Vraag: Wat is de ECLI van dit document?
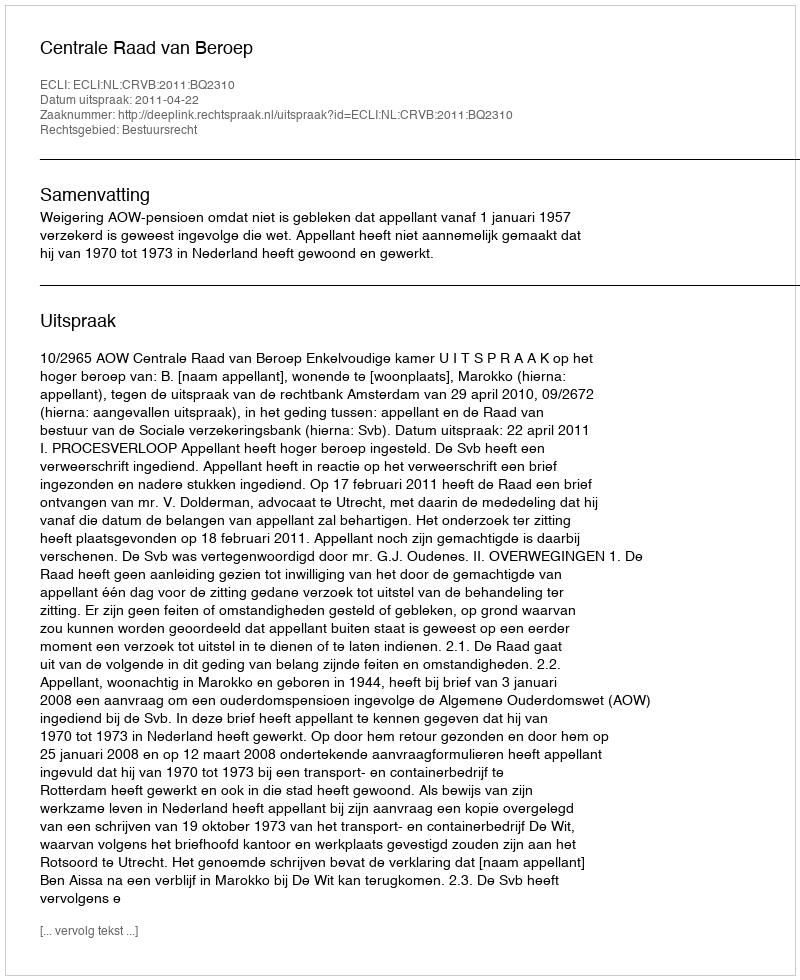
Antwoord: ECLI:NL:CRVB:2011:BQ2310